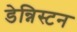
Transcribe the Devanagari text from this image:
डेन्निस्टन